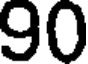
90